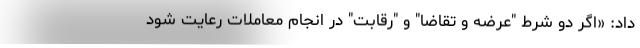
داد: «اگر دو شرط "عرضه و تقاضا" و "رقابت" در انجام معاملات رعایت شود